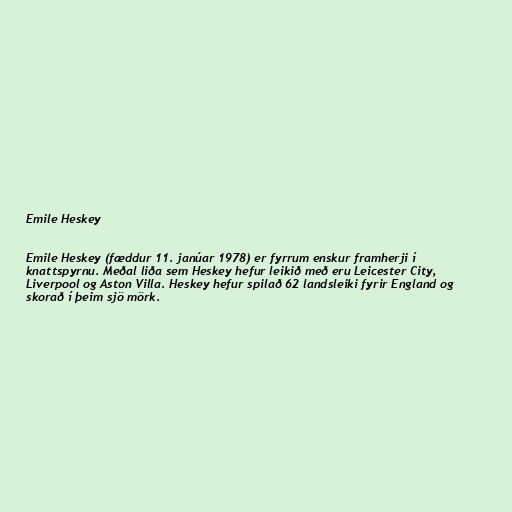
Emile Heskey

Emile Heskey (fæddur 11. janúar 1978) er fyrrum enskur framherji í
knattspyrnu. Meðal liða sem Heskey hefur leikið með eru Leicester City,
Liverpool og Aston Villa. Heskey hefur spilað 62 landsleiki fyrir England og
skorað í þeim sjö mörk.